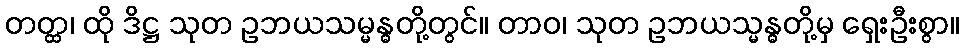
တတ္ထ၊ ထို ဒိဋ္ဌ သုတ ဥဘယသမ္မန္ဓတို့တွင်။ တာဝ၊ သုတ ဥဘယသ္မန္ဓတို့မှ ရှေးဦးစွာ။